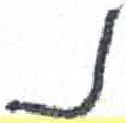
אות: נ